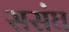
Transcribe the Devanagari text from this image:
ससंघ